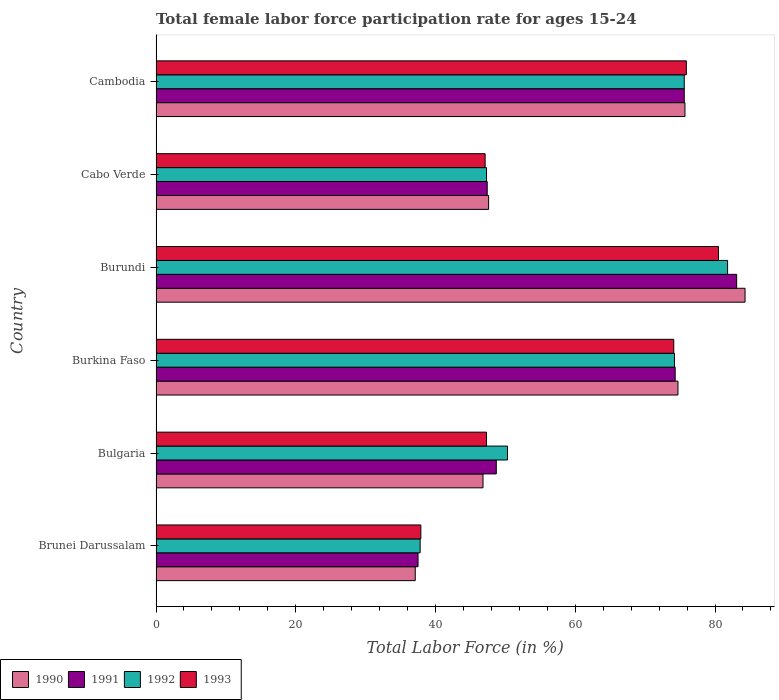
| Country | 1990 | 1991 | 1992 | 1993 |
 | --- | --- | --- | --- | --- |
 | Brunei Darussalam | 37.1 | 37.5 | 37.8 | 37.9 |
 | Bulgaria | 46.8 | 48.7 | 50.3 | 47.3 |
 | Burkina Faso | 74.7 | 74.3 | 74.2 | 74.1 |
 | Burundi | 84.3 | 83.1 | 81.8 | 80.5 |
 | Cabo Verde | 47.6 | 47.4 | 47.3 | 47.1 |
 | Cambodia | 75.7 | 75.6 | 75.6 | 75.9 |